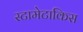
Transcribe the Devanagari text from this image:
स्टामेटाकिस